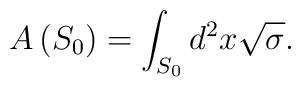
A\left( S_{0}\right) =\int_{S_{0}}d^{2}x\sqrt{\sigma }.